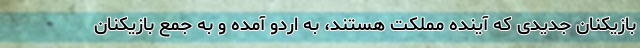
بازیکنان جدیدی که آینده مملکت هستند، به اردو آمده و به جمع بازیکنان